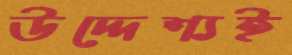
উদ্দেশ্যই